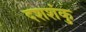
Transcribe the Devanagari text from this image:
दशशंकु